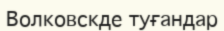
Волковскде туғандар